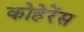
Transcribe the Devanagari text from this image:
कोहेरेंस